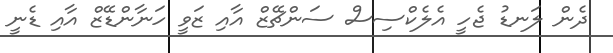
ދެން ލަނޑު ޖެހީ އެލެކްސިސް ސަންޗޭޒް އާއި ޒަވީ ހަނާންޑޭޒް އާއި ޑެނީ